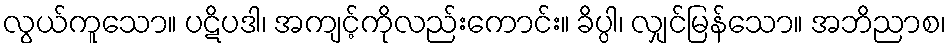
လွယ်ကူသော။ ပဋိပဒါ၊ အကျင့်ကိုလည်းကောင်း။ ခိပ္ပါ၊ လျှင်မြန်သော။ အဘိညာစ၊